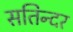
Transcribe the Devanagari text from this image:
सतिन्दर